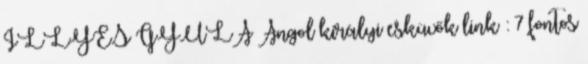
ILLYÉS GYULA Angol királyi esküvők link : 7 fontos